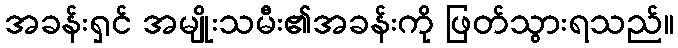
အခန်းရှင် အမျိုးသမီး၏အခန်းကို ဖြတ်သွားရသည်။